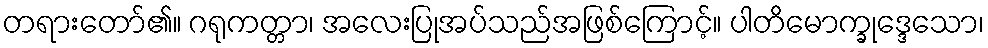
တရားတော်၏။ ဂရုကတ္တာ၊ အလေးပြုအပ်သည်အဖြစ်ကြောင့်။ ပါတိမောက္ခုဒ္ဒေသော၊